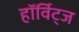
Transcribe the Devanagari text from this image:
हॉर्विट्ज